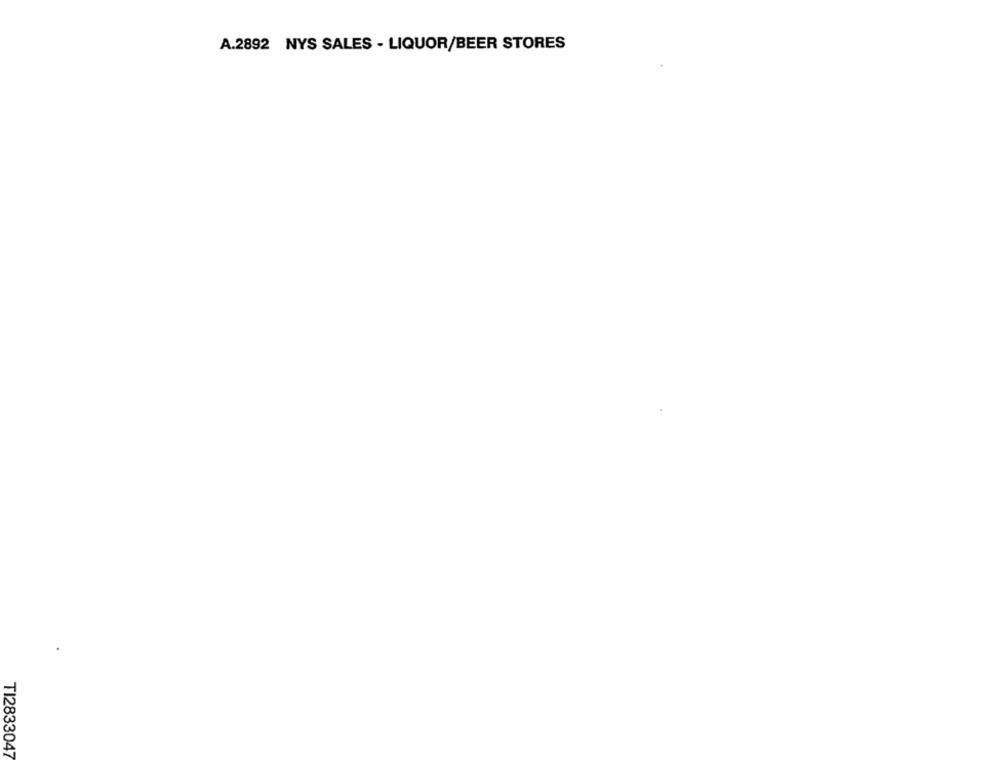
A.2892 NYS SALES - LIQUOR/BEER STORES
TI2833047